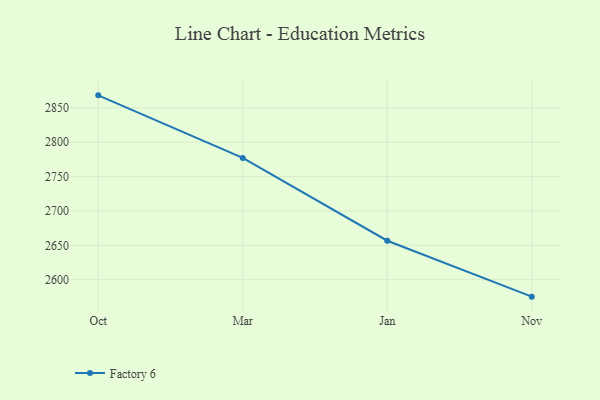
{"axis": {"x": "Month", "y": "Operating Costs (USD K)"}, "legend": ["Factory 6"], "data": [{"x": "Oct", "y": 2868.1, "type": "Factory 6"}, {"x": "Mar", "y": 2777.1, "type": "Factory 6"}, {"x": "Jan", "y": 2656.7, "type": "Factory 6"}, {"x": "Nov", "y": 2575.4, "type": "Factory 6"}]}